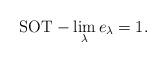
LaTeX: \begin{align*}{\mathrm{SOT}}-\lim_\lambda e_\lambda =1.\end{align*}